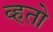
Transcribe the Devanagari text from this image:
व्हतो